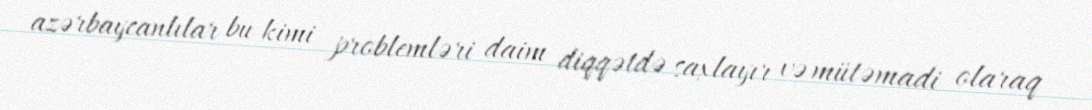
azərbaycanlılar bu kimi problemləri daim diqqətdə saxlayır və mütəmadi olaraq